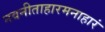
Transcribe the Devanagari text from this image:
नवनीताहारमनाहारं